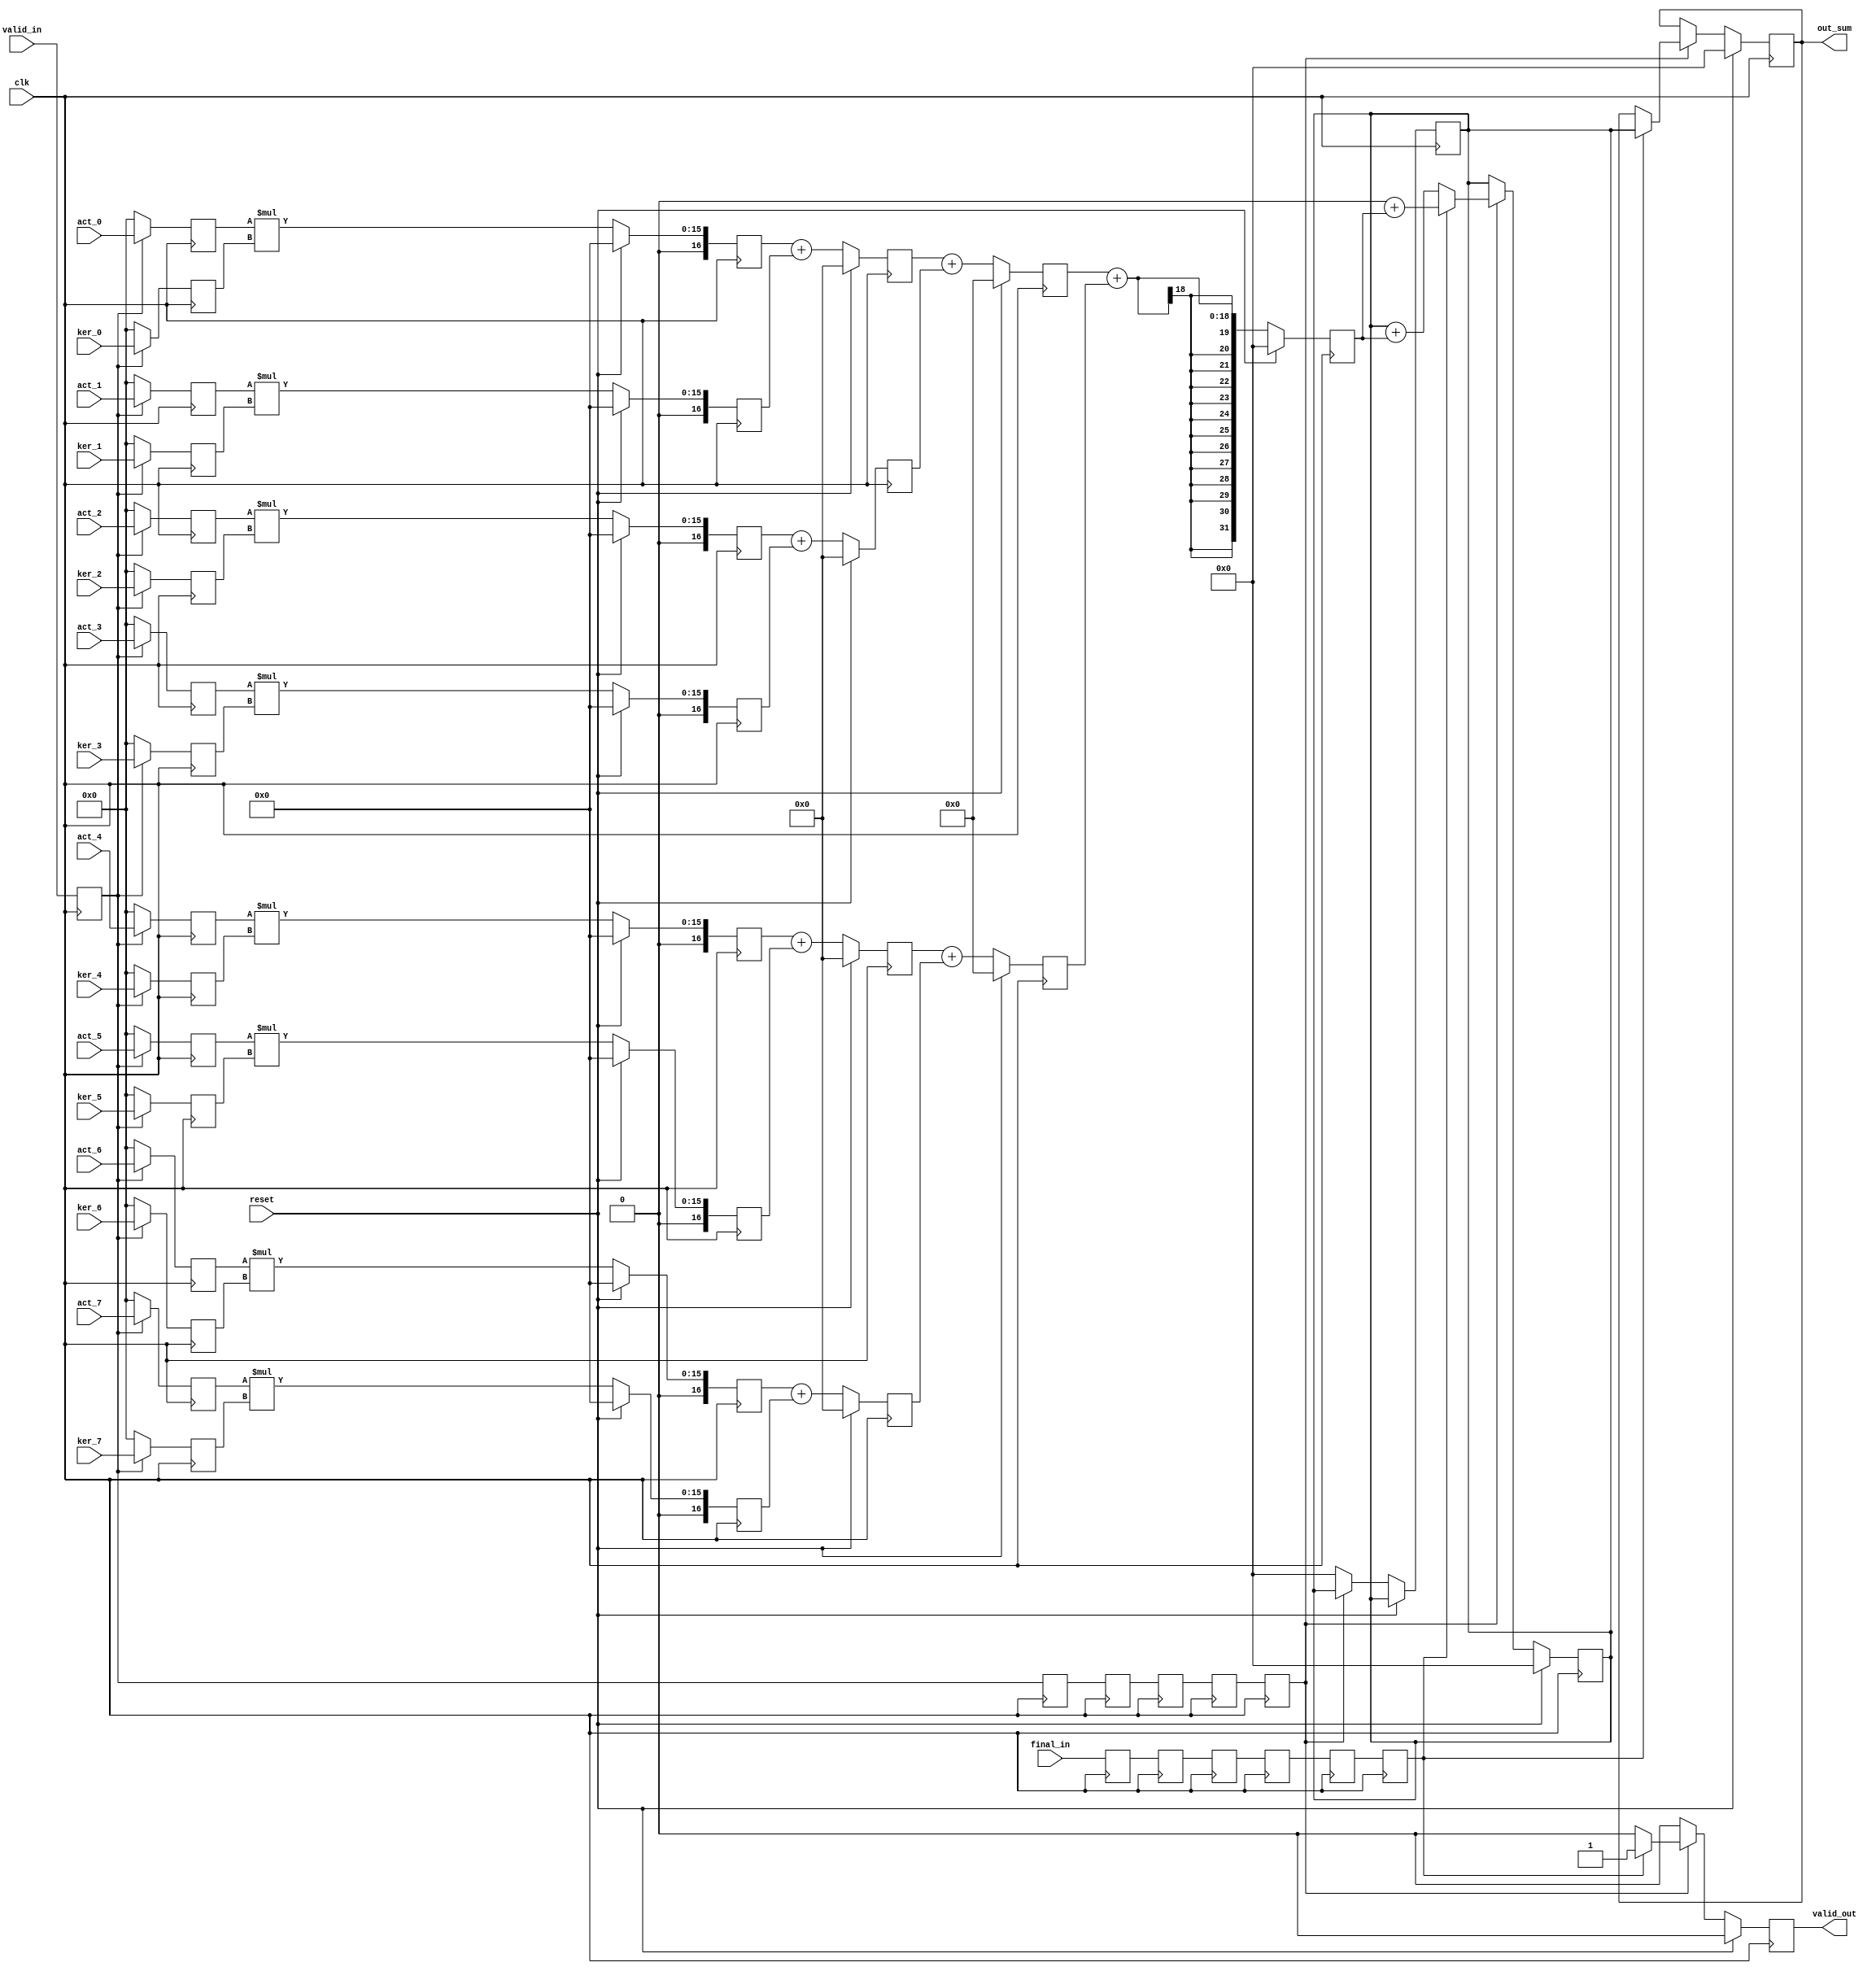

// ============================================================================
// Designer : Yi_Yuan Chen
// Create   : 2022.08.06
// Ver      : 1.0
// Func     : PE of DLA, using adder tree structure compute 8 element each rounds
// throught every stage
// ============================================================================


module pe_8e #(
	parameter ELE_BITS = 8 ,
	parameter OUT_BITS = 32
)(
	input clk ,
	input reset ,
	input [ELE_BITS-1 : 0 ] act_0 ,
	input [ELE_BITS-1 : 0 ] act_1 ,
	input [ELE_BITS-1 : 0 ] act_2 ,
	input [ELE_BITS-1 : 0 ] act_3 ,
	input [ELE_BITS-1 : 0 ] act_4 ,
	input [ELE_BITS-1 : 0 ] act_5 ,
	input [ELE_BITS-1 : 0 ] act_6 ,
	input [ELE_BITS-1 : 0 ] act_7 ,
	input valid_in ,
	input final_in ,
	//---- kernel ----//
	input [ELE_BITS-1 : 0 ] ker_0 ,
	input [ELE_BITS-1 : 0 ] ker_1 ,
	input [ELE_BITS-1 : 0 ] ker_2 ,
	input [ELE_BITS-1 : 0 ] ker_3 ,
	input [ELE_BITS-1 : 0 ] ker_4 ,
	input [ELE_BITS-1 : 0 ] ker_5 ,
	input [ELE_BITS-1 : 0 ] ker_6 ,
	input [ELE_BITS-1 : 0 ] ker_7 ,
	//-----------------------------------------//
	output reg valid_out ,
	output reg signed  [OUT_BITS-1 : 0 ] out_sum

);

//-------------Declare-----------------------------------------//
//-- stage 0--//
reg		[ELE_BITS-1 : 0 ] stage0_act_0 ;
reg		[ELE_BITS-1 : 0 ] stage0_act_1 ;
reg		[ELE_BITS-1 : 0 ] stage0_act_2 ;
reg		[ELE_BITS-1 : 0 ] stage0_act_3 ;
reg		[ELE_BITS-1 : 0 ] stage0_act_4 ;
reg		[ELE_BITS-1 : 0 ] stage0_act_5 ;
reg		[ELE_BITS-1 : 0 ] stage0_act_6 ;
reg		[ELE_BITS-1 : 0 ] stage0_act_7 ;

reg		[ELE_BITS-1 : 0 ] stage0_ker_0 ;
reg		[ELE_BITS-1 : 0 ] stage0_ker_1 ;
reg		[ELE_BITS-1 : 0 ] stage0_ker_2 ;
reg		[ELE_BITS-1 : 0 ] stage0_ker_3 ;
reg		[ELE_BITS-1 : 0 ] stage0_ker_4 ;
reg		[ELE_BITS-1 : 0 ] stage0_ker_5 ;
reg		[ELE_BITS-1 : 0 ] stage0_ker_6 ;
reg		[ELE_BITS-1 : 0 ] stage0_ker_7 ;

reg	stage0_final_in	;
reg	stage1_final_in	;
reg	stage2_final_in	;
reg	stage3_final_in	;
reg	stage4_final_in	;
reg	stage5_final_in	;

reg 	stage0_valid_in	;
reg 	stage1_valid_in	;
reg 	stage2_valid_in	;
reg 	stage3_valid_in	;
reg 	stage4_valid_in	;
reg 	stage5_valid_in	;

// wire signed [ 2*ELE_BITS -1 : 0] multsigned_pd_0 ;
// wire signed [ 2*ELE_BITS -1 : 0] multsigned_pd_1 ;
// wire signed [ 2*ELE_BITS -1 : 0] multsigned_pd_2 ;
// wire signed [ 2*ELE_BITS -1 : 0] multsigned_pd_3 ;
// wire signed [ 2*ELE_BITS -1 : 0] multsigned_pd_4 ;
// wire signed [ 2*ELE_BITS -1 : 0] multsigned_pd_5 ;
// wire signed [ 2*ELE_BITS -1 : 0] multsigned_pd_6 ;
// wire signed [ 2*ELE_BITS -1 : 0] multsigned_pd_7 ;
// assign multsigned_pd_0 = $signed( stage0_act_0 ) * $signed( stage0_ker_0 )	;
// assign multsigned_pd_1 = $signed( stage0_act_1 ) * $signed( stage0_ker_1 )	;
// assign multsigned_pd_2 = $signed( stage0_act_2 ) * $signed( stage0_ker_2 )	;
// assign multsigned_pd_3 = $signed( stage0_act_3 ) * $signed( stage0_ker_3 )	;
// assign multsigned_pd_4 = $signed( stage0_act_4 ) * $signed( stage0_ker_4 )	;
// assign multsigned_pd_5 = $signed( stage0_act_5 ) * $signed( stage0_ker_5 )	;
// assign multsigned_pd_6 = $signed( stage0_act_6 ) * $signed( stage0_ker_6 )	;
// assign multsigned_pd_7 = $signed( stage0_act_7 ) * $signed( stage0_ker_7 )	;

reg signed [ 2*ELE_BITS+1  : 0] stage1_multsigned_pd_0 ;
reg signed [ 2*ELE_BITS+1  : 0] stage1_multsigned_pd_1 ;
reg signed [ 2*ELE_BITS+1  : 0] stage1_multsigned_pd_2 ;
reg signed [ 2*ELE_BITS+1  : 0] stage1_multsigned_pd_3 ;
reg signed [ 2*ELE_BITS+1  : 0] stage1_multsigned_pd_4 ;
reg signed [ 2*ELE_BITS+1  : 0] stage1_multsigned_pd_5 ;
reg signed [ 2*ELE_BITS+1  : 0] stage1_multsigned_pd_6 ;
reg signed [ 2*ELE_BITS+1  : 0] stage1_multsigned_pd_7 ;


//--Declare stage 2--//
reg signed [ 2*ELE_BITS  : 0] stage2_addmult_0 ;
reg signed [ 2*ELE_BITS  : 0] stage2_addmult_1 ;
reg signed [ 2*ELE_BITS  : 0] stage2_addmult_2 ;
reg signed [ 2*ELE_BITS  : 0] stage2_addmult_3 ;
//--Declare stage 3--//
reg signed [ 2*ELE_BITS+1  : 0] stage3_add2_0 ;
reg signed [ 2*ELE_BITS+1  : 0] stage3_add2_1 ;


//--Declare stage 4--//
reg signed [ OUT_BITS-1  : 0] stage4_addend_0 ;
//--Declare stage 5--//
reg signed [ OUT_BITS-1  : 0] stage5_acc_0 ;




//-- stage 0 ----
// check input valid  stage0_valid_in
always@( posedge clk )begin
	if ( stage0_valid_in )begin
		stage0_act_0 <= act_0	;
		stage0_act_1 <= act_1	;
		stage0_act_2 <= act_2	;
		stage0_act_3 <= act_3	;
		stage0_act_4 <= act_4	;
		stage0_act_5 <= act_5	;
		stage0_act_6 <= act_6	;
		stage0_act_7 <= act_7	;
	end
	else begin
		stage0_act_0 <= 'd0	;
		stage0_act_1 <= 'd0	;
		stage0_act_2 <= 'd0	;
		stage0_act_3 <= 'd0	;
		stage0_act_4 <= 'd0	;
		stage0_act_5 <= 'd0	;
		stage0_act_6 <= 'd0	;
		stage0_act_7 <= 'd0	;
	end


end
always@( posedge clk )begin

	if ( stage0_valid_in )begin
		stage0_ker_0 <= ker_0	;
		stage0_ker_1 <= ker_1	;
		stage0_ker_2 <= ker_2	;
		stage0_ker_3 <= ker_3	;
		stage0_ker_4 <= ker_4	;
		stage0_ker_5 <= ker_5	;
		stage0_ker_6 <= ker_6	;
		stage0_ker_7 <= ker_7	;
	end
	else begin
		stage0_ker_0 <= 'd0	;
		stage0_ker_1 <= 'd0	;
		stage0_ker_2 <= 'd0	;
		stage0_ker_3 <= 'd0	;
		stage0_ker_4 <= 'd0	;
		stage0_ker_5 <= 'd0	;
		stage0_ker_6 <= 'd0	;
		stage0_ker_7 <= 'd0	;
	end

end


// signed multiply
//- stage 1 -
always@( posedge clk )begin
	if( reset )begin
		stage1_multsigned_pd_0 <= 'd0 ;
		stage1_multsigned_pd_1 <= 'd0 ;
		stage1_multsigned_pd_2 <= 'd0 ;
		stage1_multsigned_pd_3 <= 'd0 ;
		stage1_multsigned_pd_4 <= 'd0 ;
		stage1_multsigned_pd_5 <= 'd0 ;
		stage1_multsigned_pd_6 <= 'd0 ;
		stage1_multsigned_pd_7 <= 'd0 ;
	end
	else begin
		stage1_multsigned_pd_0 <= $signed( {1'd0 , stage0_act_0} ) * $signed( {1'd0 , stage0_ker_0} )	;
		stage1_multsigned_pd_1 <= $signed( {1'd0 , stage0_act_1} ) * $signed( {1'd0 , stage0_ker_1} )	;
		stage1_multsigned_pd_2 <= $signed( {1'd0 , stage0_act_2} ) * $signed( {1'd0 , stage0_ker_2} )	;
		stage1_multsigned_pd_3 <= $signed( {1'd0 , stage0_act_3} ) * $signed( {1'd0 , stage0_ker_3} )	;
		stage1_multsigned_pd_4 <= $signed( {1'd0 , stage0_act_4} ) * $signed( {1'd0 , stage0_ker_4} )	;
		stage1_multsigned_pd_5 <= $signed( {1'd0 , stage0_act_5} ) * $signed( {1'd0 , stage0_ker_5} )	;
		stage1_multsigned_pd_6 <= $signed( {1'd0 , stage0_act_6} ) * $signed( {1'd0 , stage0_ker_6} )	;
		stage1_multsigned_pd_7 <= $signed( {1'd0 , stage0_act_7} ) * $signed( {1'd0 , stage0_ker_7} )	;
	end

end

//- stage 2 -
always@( posedge clk )begin
	if( reset )begin
		stage2_addmult_0 <= 'd0 ;
		stage2_addmult_1 <= 'd0 ;
		stage2_addmult_2 <= 'd0 ;
		stage2_addmult_3 <= 'd0 ;
	end
	else begin
		stage2_addmult_0 <= $signed( stage1_multsigned_pd_0 ) + $signed( stage1_multsigned_pd_1 )	;
		stage2_addmult_1 <= $signed( stage1_multsigned_pd_2 ) + $signed( stage1_multsigned_pd_3 )	;
		stage2_addmult_2 <= $signed( stage1_multsigned_pd_4 ) + $signed( stage1_multsigned_pd_5 )	;
		stage2_addmult_3 <= $signed( stage1_multsigned_pd_6 ) + $signed( stage1_multsigned_pd_7 )	;
	end

end

//- stage 3 -
always@( posedge clk )begin
	if( reset )begin
		stage3_add2_0 <= 'd0 ;
		stage3_add2_1 <= 'd0 ;
	end
	else begin
		stage3_add2_0	<= $signed( stage2_addmult_0 ) + $signed( stage2_addmult_1 )	;
		stage3_add2_1	<= $signed( stage2_addmult_2 ) + $signed( stage2_addmult_3 )	;
	end
	
end
//- stage 4 -
always@( posedge clk )begin
	if( reset )begin
		stage4_addend_0 <= 'd0 ;
	end
	else begin
		stage4_addend_0 <= $signed( stage3_add2_0 ) + $signed( stage3_add2_1 )	;
	end
	
end

//- stage 5 -
always@( posedge clk )begin
	if( reset )begin
		stage5_acc_0 <= 'd0 ;
	end
	else begin
		if( stage5_valid_in )begin
			if( !stage5_final_in)begin
				stage5_acc_0 <= $signed( stage5_acc_0 ) + $signed( stage4_addend_0 )	;
			end
			else begin
				stage5_acc_0 <= 'd0 + $signed( stage4_addend_0 )	;
			end
			
		end
		else begin
			stage5_acc_0 <= stage5_acc_0	;
		end
		
	end
	
end


always@( posedge clk )begin
	if(reset )begin
		out_sum <= 32'd0 ;
		valid_out <= 0 ;
	end
	else begin
		if( stage5_valid_in )begin
			if( stage5_final_in)begin
				out_sum <= $signed( stage5_acc_0 )	;
				valid_out <= 1 ;
			end
			else begin
				out_sum <= out_sum;
				valid_out <= 0 ;
			end
			
		end
		else begin
			stage5_acc_0 <= 32'd0	;
			valid_out <= 0 ;
		end

	end
end

always@( posedge clk )begin
	stage0_final_in <= final_in ;
	stage1_final_in <= stage0_final_in ;
	stage2_final_in <= stage1_final_in ;
	stage3_final_in <= stage2_final_in ;
	stage4_final_in <= stage3_final_in ;
	stage5_final_in <= stage4_final_in ;
end
always@( posedge clk )begin
	stage0_valid_in <= valid_in ;
	stage1_valid_in <= stage0_valid_in ;
	stage2_valid_in <= stage1_valid_in ;
	stage3_valid_in <= stage2_valid_in ;
	stage4_valid_in <= stage3_valid_in ;
	stage5_valid_in <= stage4_valid_in ;
end







endmodule